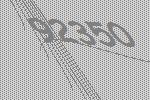
92350